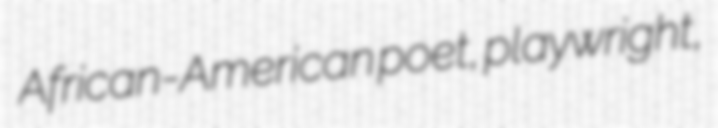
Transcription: African-American poet, playwright,